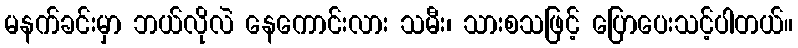
မနက်ခင်းမှာ ဘယ်လိုလဲ နေကောင်းလား သမီး၊ သားစသဖြင့် ပြောပေးသင့်ပါတယ်။